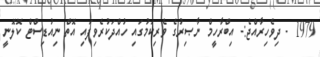
1979 - ދިވެހިރާއްޖެ:- އިބްރާހީމް ނާޞިރުގެ ވެރިކަމުގައި ހުއްދަކުރެވިފައި އޮތް ނިއުޑިސްޓް ކޮލޮނީ